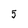
Character: 5